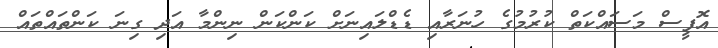
އޮފީސް މަސައްކަތް ކުރުމުގެ ހުނަރާއި ޑެޑްލައިނަށް ކަންކަން ނިންމާ އަދި ގިނަ ކަންތައްތައް